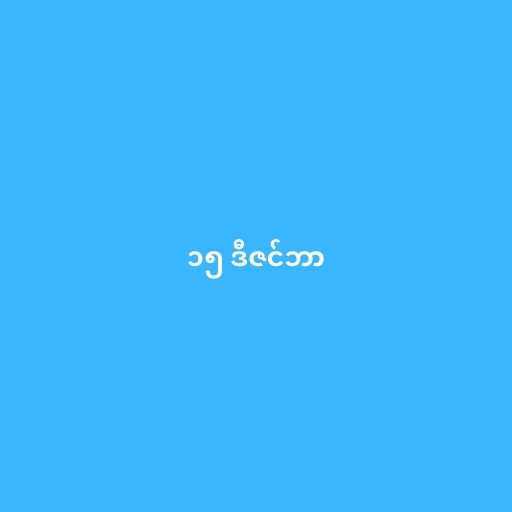
၁၅ ဒီဇင်ဘာ